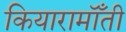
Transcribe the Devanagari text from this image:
कियारामॉँती